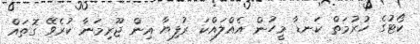
ކޯޓުގެ ހުރުމަތް ކަނޑާ މީހުން އެއްލައްކަ ރުފިޔާ އިން ޖޫރިމަނާ ކުރެވޭ ގޮތައް